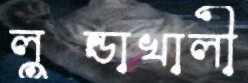
লুন্ডাখালী